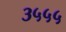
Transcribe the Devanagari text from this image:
३५५५